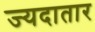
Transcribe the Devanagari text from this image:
ज्यदातार